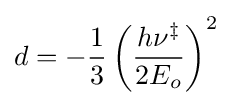
d=-{\frac {1}{3}}\left({\frac {h\nu ^{\ddagger }}{2E_{o}}}\right)^{2}